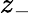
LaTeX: z_{-}